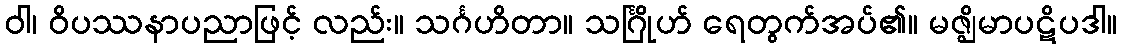
ဝါ၊ ဝိပဿနာပညာဖြင့် လည်း။ သင်္ဂဟိတာ။ သင်္ဂြိုဟ် ရေတွက်အပ်၏။ မဇ္ဈိမာပဋိပဒါ။